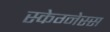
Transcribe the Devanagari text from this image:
स्केग्नेस्स